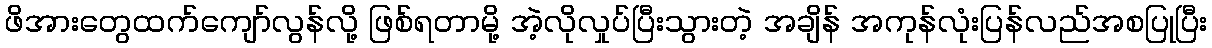
ဖိအားတွေထက်ကျော်လွန်လို့ ဖြစ်ရတာမို့ အဲ့လိုလှုပ်ပြီးသွားတဲ့ အချိန် အကုန်လုံးပြန်လည်အစပြုပြီး